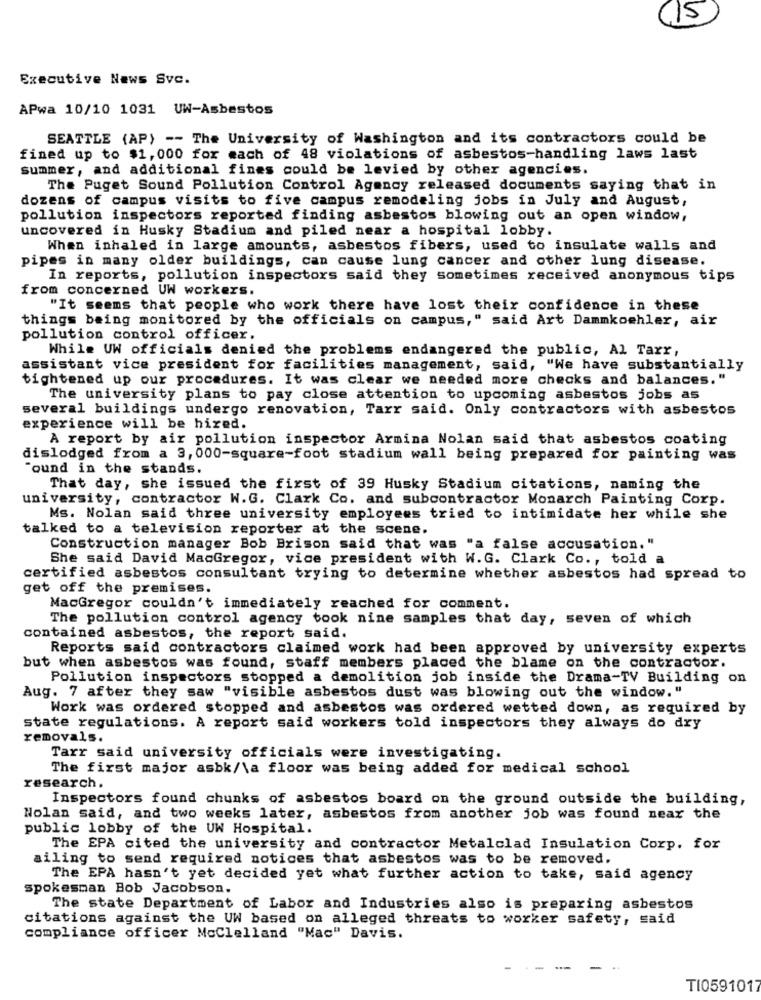
(15
Executive News Svc.
APwa 10/10 1031 UW-Asbestos
SEATTLE (AP) -- The University of Washington and its contractors could be
fined up to $1, 000 for each of 48 violations of asbestos-handling laws last
summer, and additional fines could be levied by other agencies.
The Puget Sound Pollution Control Agency released documents saying that in
dozens of campus visits to five campus remodeling jobs in July and August,
pollution inspectors reported finding asbestos blowing out an open window,
uncovered in Husky Stadium and piled near a hospital lobby.
When inhaled in large amounts, asbestos fibers, used to insulate walls and
pipes in many older buildings, can cause lung cancer and other lung disease.
In reports, pollution inspectors said they sometimes received anonymous tips
from concerned UW workers.
"It seems that people who work there have lost their confidence in these
things being monitored by the officials on campus," said Art Dammkoehler, air
pollution control officer.
While UW officials denied the problems endangered the public, Al Tarr,
assistant vice president for facilities management, said, "We have substantially
tightened up our procedures. It was clear we needed more checks and balances."
The university plans to pay close attention to upcoming asbestos jobs as
several buildings undergo renovation, Tarr said. Only contractors with asbestos
experience will be hired.
A report by air pollution inspector Armina Nolan said that asbestos coating
dislodged from a 3, 000-square-foot stadium wall being prepared for painting was
"ound in the stands.
That day, she issued the first of 39 Husky Stadium citations, naming the
university, contractor W.G. Clark Co. and subcontractor Monarch Painting Corp.
Ms. Nolan said three university employees tried to intimidate her while she
talked to a television reporter at the scene.
Construction manager Bob Brison said that was "a false accusation."
She said David MacGregor, vice president with W.G. Clark Co ., told a
certified asbestos consultant trying to determine whether asbestos had spread to
get off the premises.
MacGregor couldn't immediately reached for comment.
The pollution control agency took nine samples that day, seven of which
contained asbestos, the report said.
Reports said contractors claimed work had been approved by university experts
but when asbestos was found, staff members placed the blame on the contractor.
Pollution inspectors stopped a demolition job inside the Drama-TV Building on
Aug. 7 after they saw "visible asbestos dust was blowing out the window. "
Work was ordered stopped and asbestos was ordered wetted down, as required by
state regulations. A report said workers told inspectors they always do dry
removals.
Tarr said university officials were investigating.
The first major asbk/\a floor was being added for medical school
research.
Inspectors found chunks of asbestos board on the ground outside the building,
Nolan said, and two weeks later, asbestos from another job was found near the
public lobby of the UW Hospital.
The EPA cited the university and contractor Metalclad Insulation Corp. for
ailing to send required notices that asbestos was to be removed.
The EPA hasn't yet decided yet what further action to take, said agency
spokesman Bob Jacobson.
The state Department of Labor and Industries also is preparing asbestos
citations against the UW based on alleged threats to worker safety, said
compliance officer McClelland "Mac" Davis.
T10591017